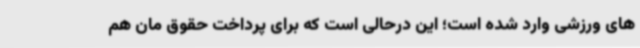
های ورزشی وارد شده است؛ این درحالی است که برای پرداخت حقوق مان هم